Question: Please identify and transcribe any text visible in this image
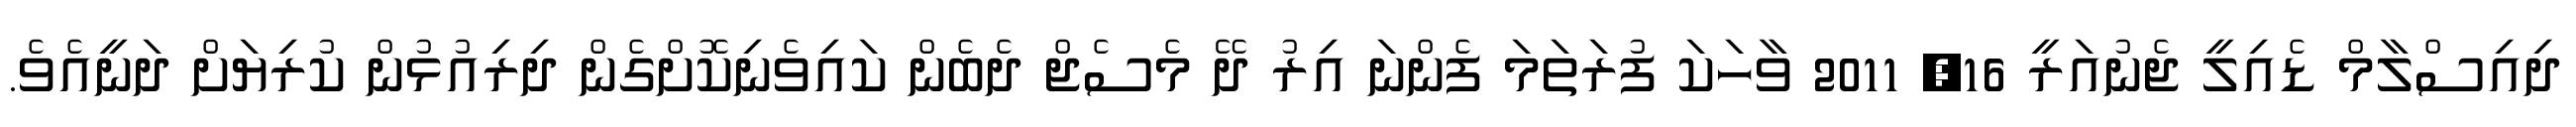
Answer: ދިއިސްލާމް ޑެއިލީ ޖެނުއަރީ 16, 2011 ވާހަކަ ފުރަތަމަ ފެންނަ އިރު ދޭ މެސެޖް ދެބެން ކައިވެނިކޮށްގެން ދިރިއުޅުން ކުރިޔަށް ދަނީއެވެ.